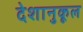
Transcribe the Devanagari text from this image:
देशानुकूल